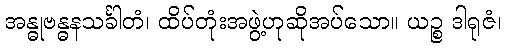
အန္ဓုဗန္ဓနသင်္ခါတံ၊ ထိပ်တုံးအဖွဲ့ဟုဆိုအပ်သော။ ယဉ္စ ဒါရုဇံ၊